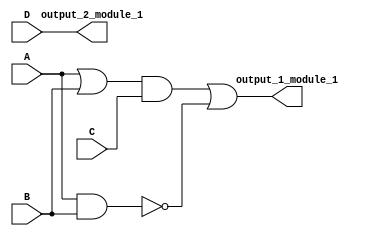
module Module_1(A,B,C,D,output_1_module_1, output_2_module_1);

input A,B,C,D;
output output_1_module_1, output_2_module_1;

// interim signals

assign output_1_module_1 = ((A|B)&(C)) | (~(A&B));
assign output_2_module_1 = D;

endmodule